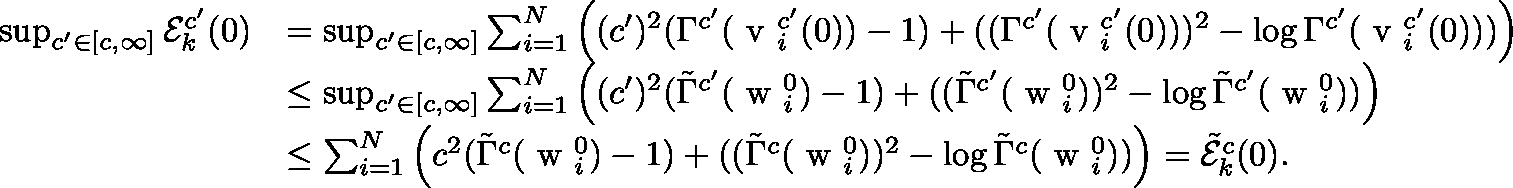
\begin{array} { r l } { \operatorname* { s u p } _ { c ^ { \prime } \in [ c , \infty ] } \mathcal { E } _ { k } ^ { c ^ { \prime } } ( 0 ) } & { = \operatorname* { s u p } _ { c ^ { \prime } \in [ c , \infty ] } \sum _ { i = 1 } ^ { N } \left( ( c ^ { \prime } ) ^ { 2 } ( \Gamma ^ { c ^ { \prime } } ( \mathrm { \boldmath ~ v ~ } _ { i } ^ { c ^ { \prime } } ( 0 ) ) - 1 ) + ( ( { \Gamma } ^ { c ^ { \prime } } ( \mathrm { \boldmath ~ v ~ } _ { i } ^ { c ^ { \prime } } ( 0 ) ) ) ^ { 2 } - \log { \Gamma ^ { c ^ { \prime } } ( \mathrm { \boldmath ~ v ~ } _ { i } ^ { c ^ { \prime } } ( 0 ) ) } ) \right) } \\ & { \leq \operatorname* { s u p } _ { c ^ { \prime } \in [ c , \infty ] } \sum _ { i = 1 } ^ { N } \left( ( c ^ { \prime } ) ^ { 2 } ( \tilde { \Gamma } ^ { c ^ { \prime } } ( \mathrm { \boldmath ~ w ~ } _ { i } ^ { 0 } ) - 1 ) + ( ( { \tilde { \Gamma } } ^ { c ^ { \prime } } ( \mathrm { \boldmath ~ w ~ } _ { i } ^ { 0 } ) ) ^ { 2 } - \log { \tilde { \Gamma } ^ { c ^ { \prime } } ( \mathrm { \boldmath ~ w ~ } _ { i } ^ { 0 } ) } ) \right) } \\ & { \leq \sum _ { i = 1 } ^ { N } \left( c ^ { 2 } ( \tilde { \Gamma } ^ { c } ( \mathrm { \boldmath ~ w ~ } _ { i } ^ { 0 } ) - 1 ) + ( ( { \tilde { \Gamma } } ^ { c } ( \mathrm { \boldmath ~ w ~ } _ { i } ^ { 0 } ) ) ^ { 2 } - \log { \tilde { \Gamma } ^ { c } ( \mathrm { \boldmath ~ w ~ } _ { i } ^ { 0 } ) } ) \right) = \tilde { \mathcal { E } } _ { k } ^ { c } ( 0 ) . } \end{array}